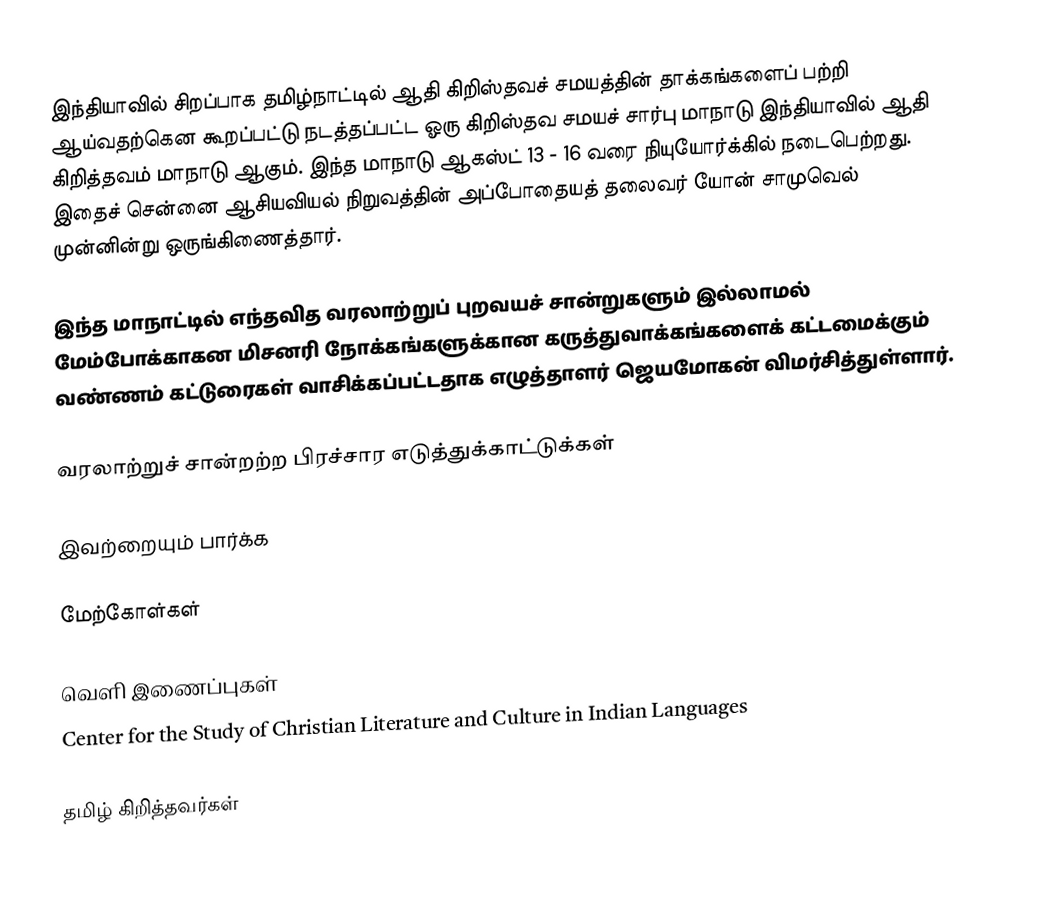
இந்தியாவில் சிறப்பாக தமிழ்நாட்டில் ஆதி கிறிஸ்தவச் சமயத்தின் தாக்கங்களைப் பற்றி ஆய்வதற்கென கூறப்பட்டு நடத்தப்பட்ட ஓரு கிறிஸ்தவ சமயச் சார்பு மாநாடு இந்தியாவில் ஆதி கிறித்தவம் மாநாடு ஆகும்.  இந்த மாநாடு ஆகஸ்ட் 13 - 16 வரை நியுயோர்க்கில் நடைபெற்றது.  இதைச் சென்னை ஆசியவியல் நிறுவத்தின் அப்போதையத் தலைவர் யோன் சாமுவெல் முன்னின்று ஒருங்கிணைத்தார்.

இந்த மாநாட்டில் எந்தவித வரலாற்றுப் புறவயச் சான்றுகளும் இல்லாமல் மேம்போக்காகன மிசனரி நோக்கங்களுக்கான கருத்துவாக்கங்களைக் கட்டமைக்கும் வண்ணம் கட்டுரைகள் வாசிக்கப்பட்டதாக எழுத்தாளர் ஜெயமோகன் விமர்சித்துள்ளார்.

வரலாற்றுச் சான்றற்ற பிரச்சார எடுத்துக்காட்டுக்கள்

இவற்றையும் பார்க்க

மேற்கோள்கள்

வெளி இணைப்புகள்
 Center for the Study of Christian Literature and Culture in Indian Languages

தமிழ் கிறித்தவர்கள்